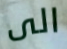
الى